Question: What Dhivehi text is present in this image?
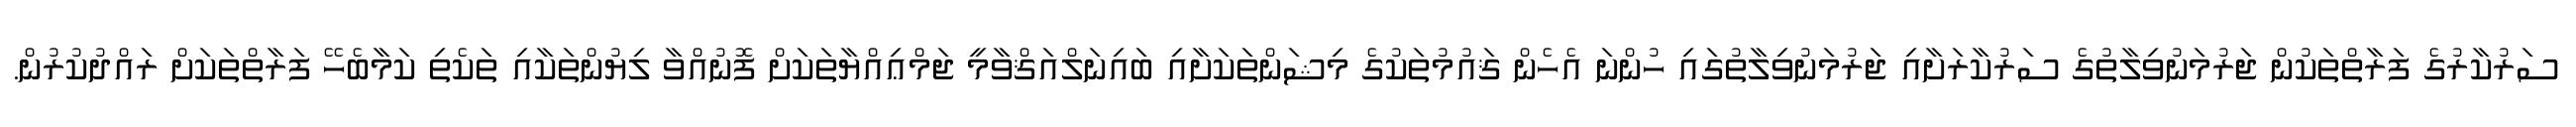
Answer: ސަރުކާރުގެ ފަރާތްތަކުން ޖަރުމަނުވިލާތުގެ ސަރުކާރަށާއި ޖަރުމަނުވިލާތުގައި ހުންނަ އެހެން ޤައުމުތަކުގެ މިޝަންތަކަށާއި ބައިނަލްއަޤްވާމީ ޖަމްޢިއްޔާތަކަށް ފޮނުއްވާ ލިޔުންތަކާއި ތަކެތި ކަމާބެހޭ ފަރާތްތަކަށް ރައްދުކުރުން.